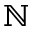
\mathbb { N }